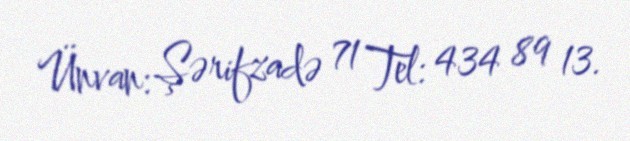
Ünvan: Şərifzadə 71 Tel: 434 89 13.